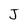
Character: J